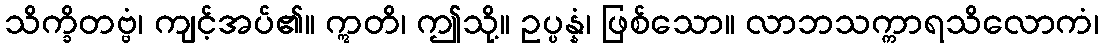
သိက္ခိတဗ္ဗံ၊ ကျင့်အပ်၏။ ဣတိ၊ ဤသို့။ ဥပ္ပန္နံ၊ ဖြစ်သော။ လာဘသက္ကာရသိလောကံ၊